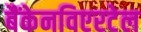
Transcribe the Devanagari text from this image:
बैंकेनविएरटेल